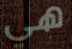
هي